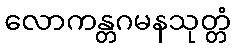
လောကန္တဂမနသုတ္တံ